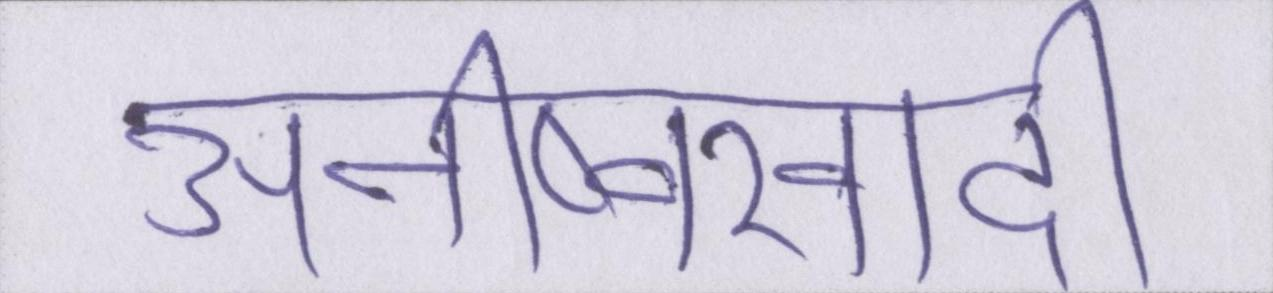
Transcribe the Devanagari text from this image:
अनीष्वरवादी